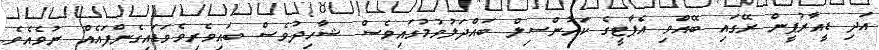
އަދި ޑީއާރުޕީން ރޭގައި ބޭއްވި އެޕާޓީގެ ކައުންސިލް ބައްދަލުވުމުގައިވެސް ޝާހިދުވެސް ބައިވެރިވެވަޑައިގެންފައެއް ނުވެއެވެ.